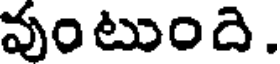
వుంటుంది.